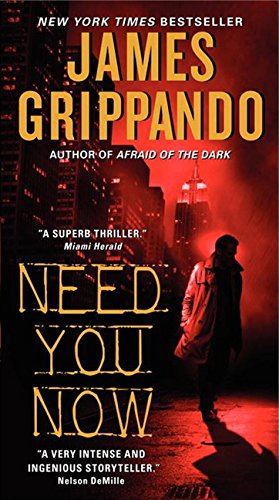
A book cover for Need You Now; James Grippando; Mystery, Thriller & Suspense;